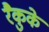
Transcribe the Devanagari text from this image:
रैकुके